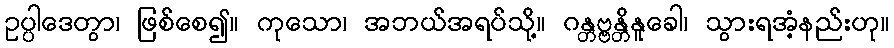
ဥပ္ပါဒေတွာ၊ ဖြစ်စေ၍။ ကုသော၊ အဘယ်အရပ်သို့။ ဂန္တဗ္ဗန္တိနူခေါ၊ သွားရအံ့နည်းဟု။